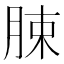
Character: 脨